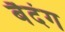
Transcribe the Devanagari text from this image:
बैदंग